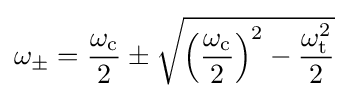
\omega _{\pm }={\frac {\omega _{\text{c}}}{2}}\pm {\sqrt {\left({\frac {\omega _{\text{c}}}{2}}\right)^{2}-{\frac {\omega _{\text{t}}^{2}}{2}}}}